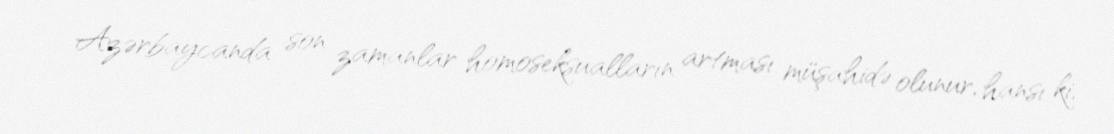
Azərbaycanda son zamanlar homoseksualların artması müşahidə olunur, hansı ki,